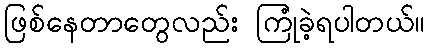
ဖြစ်နေတာတွေလည်း ကြုံခဲ့ရပါတယ်။